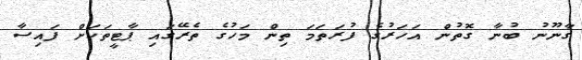
ގާނޫނު ބުނާ ގޮތުން އަހަރުގެ ފުރަތަމަ ތިން މަހުގެ ތެރޭގައި ޕާޓީތަކަށް ފައިސާ